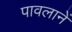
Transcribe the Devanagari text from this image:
पावलानें